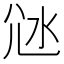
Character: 𡯑